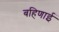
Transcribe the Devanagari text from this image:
बहिणाई